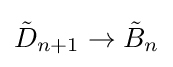
{\tilde {D}}_{n+1}\to {\tilde {B}}_{n}